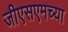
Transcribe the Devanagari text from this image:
जीएसएमच्या